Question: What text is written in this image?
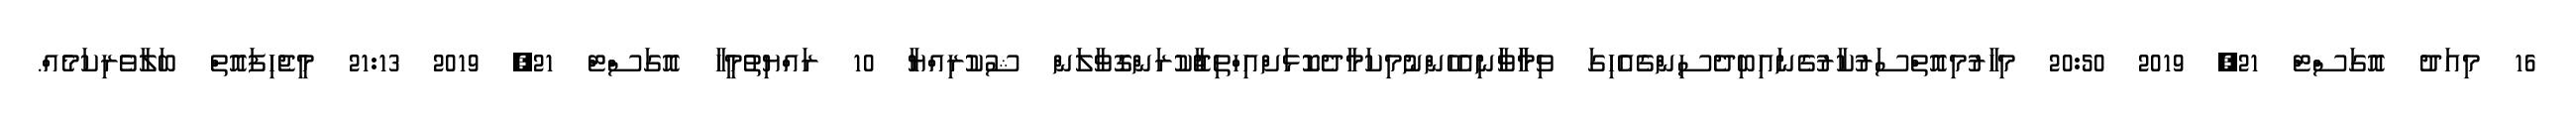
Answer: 16 މިއަދު އޮގަސްޓް 21, 2019 20:50 މިހާރުމިއޮތްސަރުކާރުގެނައިބިދެސިންގެއެހިގަ ވިމާާވާަނިއެހެންނުމިކަމާދެކޮޅަށްއިހްތިޖާުކުރަންގޮވާލަން ޝުކުރިއްޔާ 10 ރައްޔިތުމީހާ އޮގަސްޓް 21, 2019 21:13 މީޖެހިފައޮތް ބަލާވެރިކަމެއް.